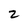
Character: z